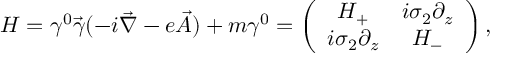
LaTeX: H = \gamma ^ { 0 } \vec { \gamma } ( - i \vec { \nabla } - e \vec { A } ) + m \gamma ^ { 0 } = \left( \begin{array} { c c } { { H _ { + } } } & { { i \sigma _ { 2 } \partial _ { z } } } \\ { { i \sigma _ { 2 } \partial _ { z } } } & { { H _ { - } } } \end{array} \right) ,